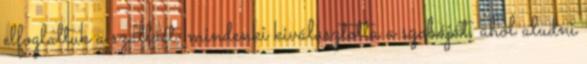
elfoglaltuk a szállást, mindenki kiválasztotta a szobáját, ahol aludni